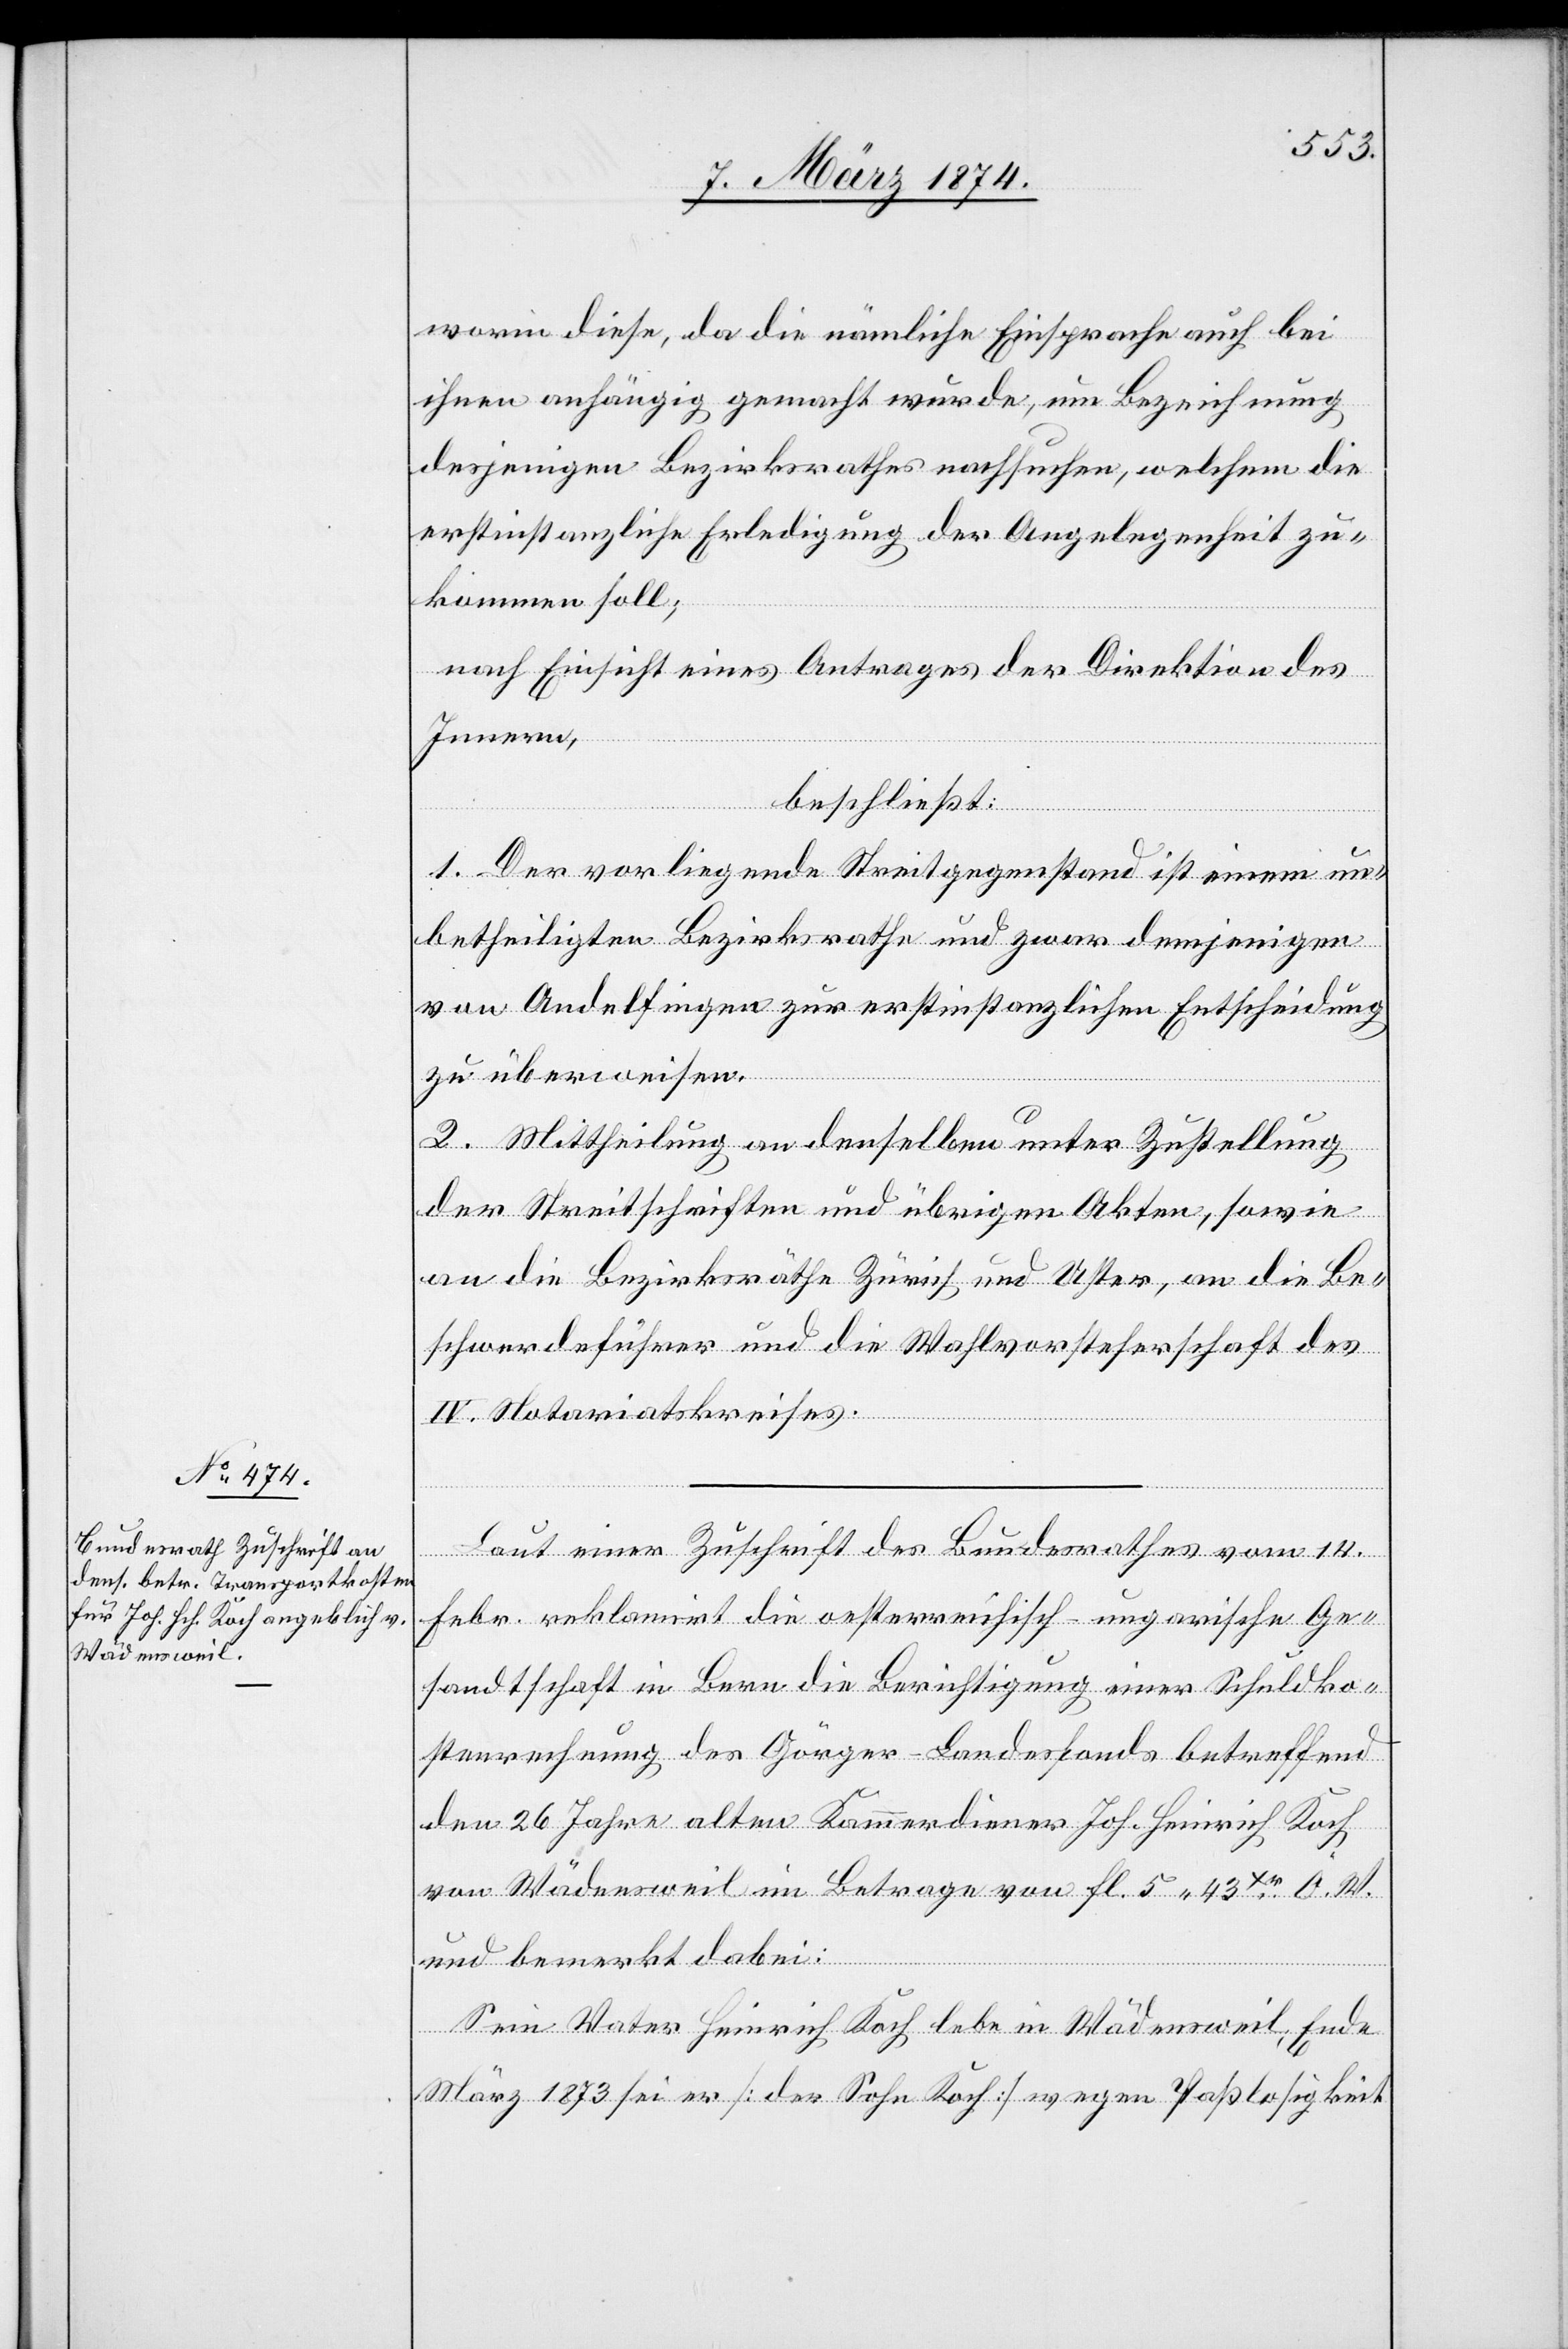
worin diese, da die nämliche Einsprache auch bei
ihnen anhängig gemacht wurde, um Bezeichnung
desjenigen Bezirksrathes nachsuche, welchem die
erstinstanzliche Erledigung der Angelegenheit zu¬
kommen soll;
nach Einsicht eines Antrages der Direktion des
Innern,
beschließt:
1. Der vorliegende Streitgegenstand ist einem un¬
betheiligten Bezirksrathe und zwar demjenigen
von Andelfingen zur erstinstanzlichen Entscheidung
zu überweisen.
2. Mittheilung an denselben unter Zustellung
der Streitschriften und übrigen Akten, sowie
an die Bezirksräthe Zürich und Uster, an die Be¬
schwerdeführer und die Wahlvorsteherschaft des
IV. Notariatskreises.
Laut einer Zuschrift des Bundesrathes vom 14.
Febr. reklamirt die oesterreichisch-ungarische Ge¬
sandtschaft in Bern die Berichtigung einer Schuldko¬
stenrechnung des Görger-Landesfonds betreffend
den 26. Jahre alten Kammerdiener Joh. Heinrich Koch
von Wädensweil im Betrage von fl. 43 Xr Ö. W.
und bemerkt dabei:
Sein Vater Heinrich Koch lebe in Wädensweil, Ende
März 1873 sei er [der Sohn Koch] wegen Paßlosigkeit